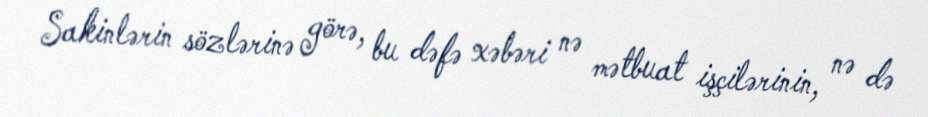
Sakinlərin sözlərinə görə, bu dəfə xəbəri nə mətbuat işçilərinin, nə də